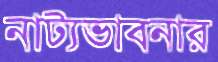
নাট্যভাবনার